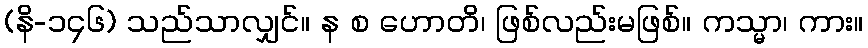
(နိ-၁၄၆) သည်သာလျှင်။ န စ ဟောတိ၊ ဖြစ်လည်းမဖြစ်။ ကသ္မာ၊ ကား။